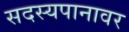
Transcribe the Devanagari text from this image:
सदस्यपानावर